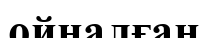
ойналған